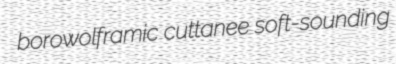
borowolframic cuttanee soft-sounding